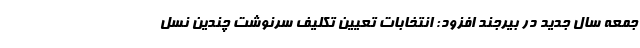
جمعه سال جدید در بیرجند افزود: انتخابات تعیین تکلیف سرنوشت چندین نسل